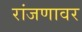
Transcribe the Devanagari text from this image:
रांजणावर